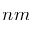
n m